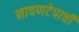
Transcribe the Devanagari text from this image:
नाचणटेपाची